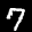
Label: 7